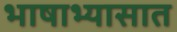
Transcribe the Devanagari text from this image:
भाषाभ्यासात